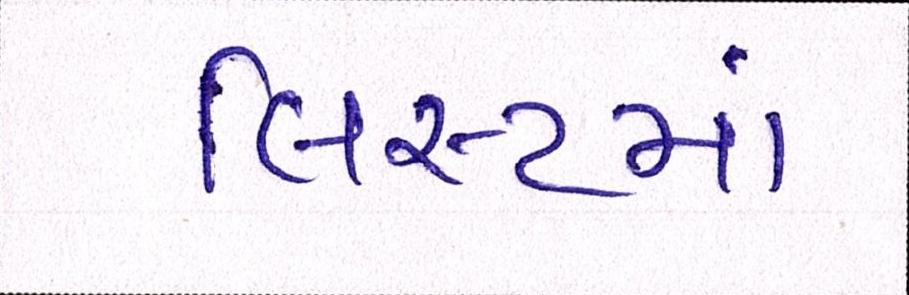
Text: લિસ્ટમાં